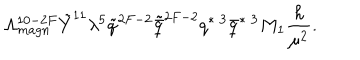
\Lambda _ { m a g n } ^ { 1 0 - 2 F } \tilde { Y } ^ { 1 1 } \lambda ^ { 5 } \tilde { q } ^ { 2 F - 2 } \tilde { \bar { q } } ^ { 2 F - 2 } q ^ { * \; 3 } \bar { q } ^ { * \; 3 } M _ { 1 } \frac { h } { \mu ^ { 2 } } .